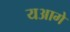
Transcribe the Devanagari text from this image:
यआगे